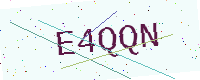
Text: E4QQN